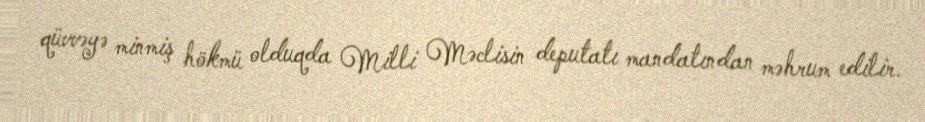
qüvvəyə minmiş hökmü olduqda Milli Məclisin deputatı mandatından məhrum edilir.